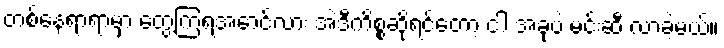
တစ်နေရာရာမှာ တွေ့ကြရအောင်လား အဲဒီကိစ္စဆိုရင်တော့ ငါ အခုပဲ မင်းဆီ လာခဲ့မယ်။